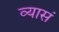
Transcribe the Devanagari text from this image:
व्यासं